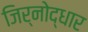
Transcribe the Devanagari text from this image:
जिर्नोद्धार